Indian journal of veterinary science and animal husbandry - Volume 2,
Year: 1932
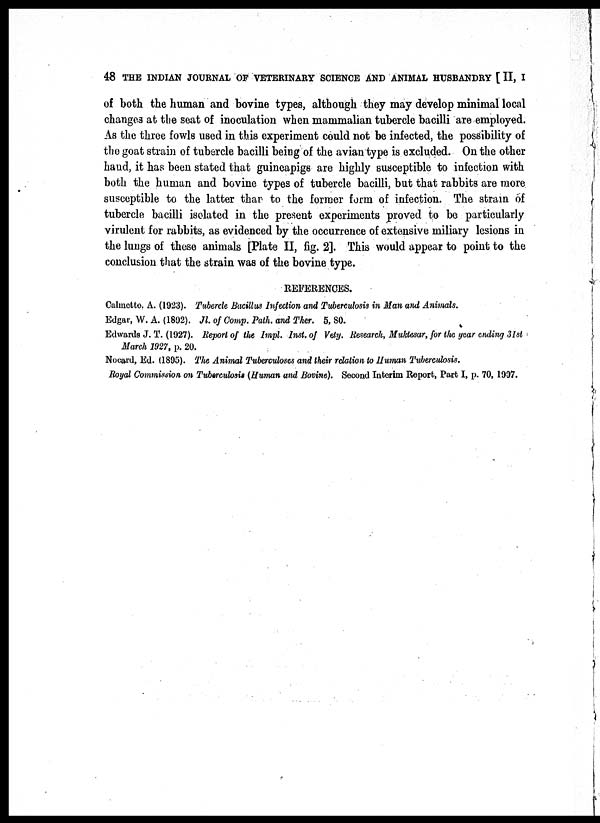
48 THE INDIAN JOURNAL OF VETERINARY SCIENCE AND ANIMAL HUSBANDRY [ II, I
of both the human and bovine types, although they may develop minimal local
changes at the seat of inoculation when mammalian tubercle bacilli are employed.
As the three fowls used in this experiment could not be infected, the possibility of
the goat strain of tubercle bacilli being of the avian type is excluded. On the other
hand, it has been stated that guineapigs are highly susceptible to infection with
both the human and bovine types of tubercle bacilli, but that rabbits are more
susceptible to the latter than to the former form of infection. The strain of
tubercle bacilli isolated in the present experiments proved to bo particularly
virulent for rabbits, as evidenced by the occurrence of extensive miliary lesions in
the lungs of these animals [Plate II, fig. 2]. This would appear to point to the
conclusion that the strain was of the bovine type.
REFERENCES.
Calmette, A. (1923). Tubercle Bacillus Infection and Tuberculosis in Man and Animals.
Edgar, W. A. (1892). Jl. of Comp. Path. and Ther. 5, 80.
Edwards J. T. (1927). Report of the Impl. Inst. of Vety. Research, Muktesar, for the year ending 31st
March 1927, p. 20.
Nocard, Ed. (1895). The Animal 'Tuberculoses and their relation to Human Tuberculosis.
Royal Commission on Tuberculosis (Human and Bovine). Second Interim Report, Part I, p. 70, 1997.